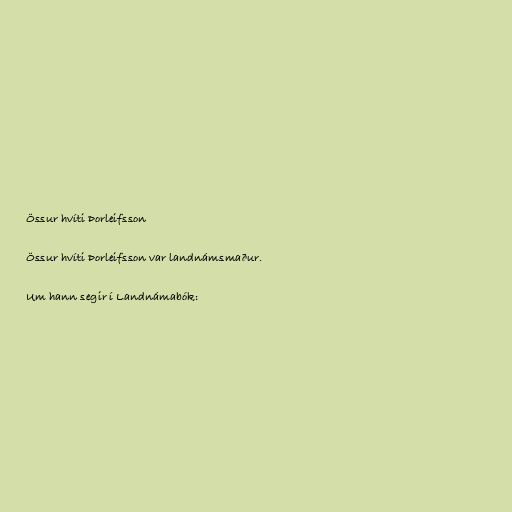
Össur hvíti Þorleifsson

Össur hvíti Þorleifsson var landnámsmaður.

Um hann segir í Landnámabók: